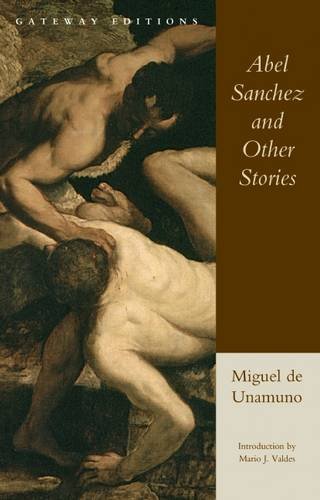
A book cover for Abel Sanchez and Other Stories; Miguel de Unamuno; Christian Books & Bibles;